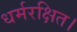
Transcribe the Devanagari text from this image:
धर्मरक्षित।